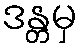
ဒန္တမှ